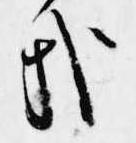
哉